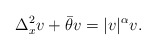
\begin{align*}\Delta_x^2 v+\bar{\theta}v=|v|^\alpha v.\end{align*}